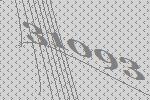
31093